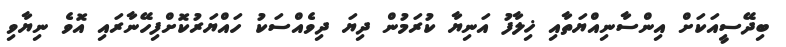
ބިދޭސީއަކަށް އިންސާނިއްޔަތާއި ޚިލާފު އަނިޔާ ކުރަމުން ދިޔަ ދިވެއްސަކު ހައްޔަރުކޮށްފިހޭނާރައި އޮވެ ނިޔާވި